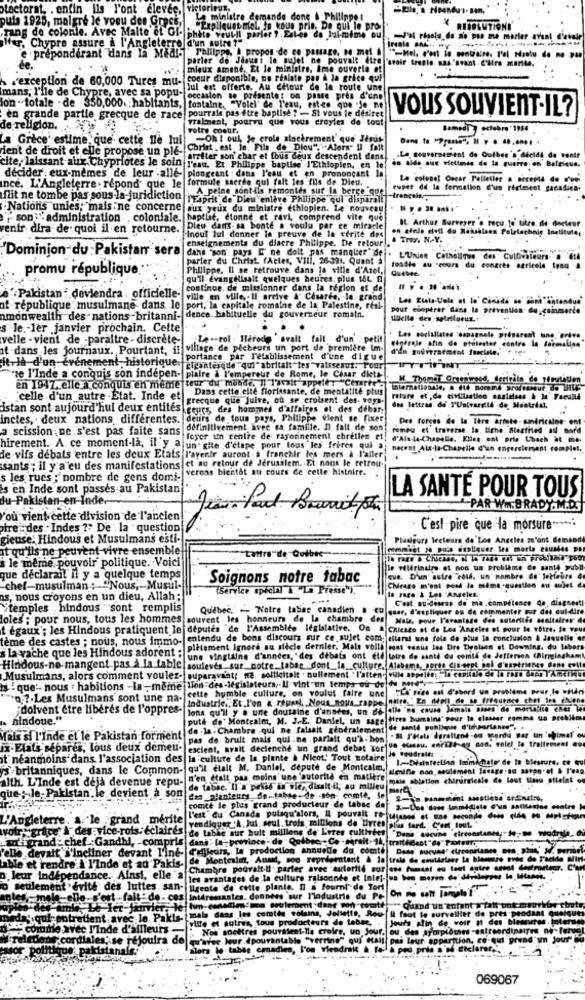
lectorat, . enfin ils l'ont élevée,
victori
puis 1925, malgré le voou des Grecs,
La ministre demande done & Philippe !
"Expliques miol. In vous prie. Da qui le pro-
Frang de colonie. Avec Malte et Gl- phate veutil parler ?. Estes de lui-même ou
-Jarigela de nie pas me marier avant d'avede
lfnr. Chypre assure a l'Angleterre d'un autre ?"
e prépondérant dans la Medl- Thillpps, À propos de ce passage, no met À
"-Mel. c'est le contraire, l'ol Haatu de no yan
de
parler de Jdauni le sujet ne pouvait etre "avoir trente sas.'svant C'lire marite.
mieux amené, Et le ministre, Ame ouverte of
exception de 60,000 Tures mu-
coeur disponible, no realate pas à la grice qui
mans, I'lle de Chypre, avec sa popu-
Jul est offerte. Au détour de la route une
occasion se présente: on passe pres d'unp
lon - totale . de 350,000 habitants, fontaine. "Volel" de l'eau, estee que -Je ne
VOUS SOUVIENT-IL?
en grande partie grecque de race pourrale pas être baptise ? - Si vous le désiret
vrakment, pourvu que vous ereyles de tout
de religion.
votre cootir.
Samedi octobre 1984
La Grèce' estime, que' cette fle lui
Oh I oul, Je crois alactrement que Jerut
den't de droit et elle propose un ple- Christ , est, le. Fils do Dlou","Alors" Il fait
[arrêter son' char et fous deux descendent dans
in Aide aux victimes do la guerre.en Befrique.
.La seuversement de Outbes'a décidé de venir
cite, laissant aux Chypriotes le soin l'eau. Et Philippe baptise I'Ethiopien, en le
plongeant . dans l'eau et en prononcant
ince. L'Angleterre . repond que le formule saerde qui fait les fils de Dieu.
décider eux-mêmes de leur :allé-
La colenet Oscar Pelletier . secesta de r'en'
A peine sont-ils remontes sur la berge que
ruper de la formation 'us régiment ganadiea-
flit ne tombe pas sous la juridiction
TE4prit de Dieu enlève Philippe qui disparali
Nations unies; mais ne concerne
aux yeux du ministre ethiopien. Le nouveau
son :"administration coloniale. baptise, etonne et ravi, comprend vite que
IL. Arthur Surveyer . recu to' titre, de docteur
ventr dira de quoi il en retourne.
Dlew dans sa bonte a voulu par ce miracle
Hinout lui donner la preuve de la vérité des
& Tror. N.Y.
Dominion du : Pakistan sera
enseignements du diacre Philippe. De retour .
dans "son pays I ne doit pas manquer" de . L'Union Catholique des Culfivaleurs .
parler du Christ. (Actes, VIII, 26-391. Quant S
promu république.
Philippe, Il se retrouve dans la ville d'Azol,
u congrès saricole tosa
qu'il Evang Hisait quelques heures. plus t&L
continue. de missionner dans la région et del
Pakistan: deviendra. officielle-
ville en ville ,. Il arrive &" Cesarde, le-grand
at république musulmane dans le port, la capitale romaine de la Palestine, real-
pour comptrer dans la prévention du coinmerce
amonwealth des nations-britanni- dence habituelle du gouverneur romain.
s Je .- 1er janvier prochain. Cette
velle - vient de -paraltre- discrète-
.Le -- rol . Herode 'a
ovalt fait d'un p
cigarale afin de protester contre la dermalien
Les coclallates "espagnole préparent un .. .....
at-dans les journaux. Pourtant, il village de pecheurs un port de première im-
itria d'un événement-historique, portance, par l'établissement d'une digue
Elconteidde qul"abritait"tes"vaissesut. Pour
"se l'Inde a conquis son indepen- plaire & l'empereur de Rome, le Cesar dieth
W. ThenET Greenweed, Centrale de 1frutatien
en 1947. elle a conquis en meme teur du monde, Il l'avait appeler "Cerartu's
Dans cette.elle florissante, de mentatite plus
celle d'un autre .Etat. Inde et
grecque que Juive, ou se croisent des- voya.
istan sont aujourd'hui deux entités ceurs, des hommes d'affaires et des debar;
des lettres de YUnivareld de Montrial,
inctes, deux nations differentes. deurs de tous pays, Philippe Vient se fixer
Des forces de la Ihre ariete -américaine- ent
a scission ne s'est pas faite sans
définitivement avec sa famille. Il fait de son
romeu et traverse la, ligne Stestited ad Bord
foyer un centre de rayonnement chretlen et
d'Als-la-Chapelle. Elles ont pris Ubach at mo-
hirement. A ce moment-la, il y a un' gite d'étape pour tous les frites qui a
neceat Ala-la-Chapelle d'un engersiement complet.
de vifs debats entre les deux Etats l'avenir auront a franchir les mers & l'aller
sants ; il y a eu des manifestations ct au retour de Jerusalem, Et nous le retrou
.verons bientot au cours de cette histoire.
s les rues ; nombre de gens domi-
is en Inde sont passés au Pakistan
du Pakistan en-Inder
LA SANTE POUR TOUS
PAR WI. BRADY.M.D.
'ou vient cette division de l'ancien
otre des . Indes ?? De . la " question
· C'est pire que la morsure ---;
gieuse: Hindous et Musulmans esti-
Plusieurs lecteurs de'Los Angeles m'ont demand
it qu'ils ne peuvent-vivre ensemble
commeet fe polo expliquer les marta esundes pa
s le même pouvoir politique. Voici
lo rage a Chicaso, si to zase cil En probstair you
vilerinairs et non un problème ce sante publl
que déclarait il y a quelque temps
Soignons notre tabac
que. D'un' autre "cous. un nombre de' letfeira C
chef-musulman : "Nous, - Musul-
(Service special À La Presse")."
Chease' m'ont pood la motme -question au mulet
as, nous croyons en un dieu, Allah :
--.
la rage & Les Angeles.
C'est au-dessus de ma.compétence de, diagnosti
"temples hindous "sont remplis
Québec. - Notre tabac canadien a cu quer, d'expliquer ou de commenter sur des cul-dire
loles; pour nous, tous les hommes souvent les honneurs de la chambre des
Male, pour l'avantsze des sutertido sanitaires de
t égaux'; les Hindous pratiquent le deputes "de l'Assemblee legislative, On A Chicago et de Los Angeles et pour le votre, io vou
tème des castes ; nous, nous immo-
entendu de bons discours sur ce sujet com; elleral une role de sous la conclusion & daquelle er
s la vache que les Hindous adorent - Pletement ignore au alecle dernier. Male volli
cost waaus las Dre Dyalsen of Downing, du labor
une vingtaine d'années, "des débats ont ete loire de santé du comte de Jefferson (Birmingham
Hindous-ne-mangent pas a la table souleves sur notre. labae dont la culture, Alabama, sorte dix-sept sol d'unetrience dont cell
Hindous-ne-mangent pas à la table!
Musulmans, alors comment voulez- superavaint; ne sollicitalt . nullement ' l'atten- ville appelée; - in coplinio de la race Gara IAmtrhu
ts ! que- nous : habitions -la -meme "on-des-legislateurs, Il"vint'un temps ou de du nord".
cette humble culture, on voulut faire une
Corine est d'abord un proble
"0 ;?. Les Musulmans sont une na-
Industrie ., Et l'on & reusel. Nous nous rappe offre."" En (Well de M_frfourme
doivent être liberes de l'oppres-
Jons qu'il y a une douzaine d'années, un de alle "ne cause Jamais Bases de mortalité cher
hindoue."
puth de' Montcalm, M. J.E. Daniel, un sage
ettres humains" pour to classer comme us problbe
de-la -Chambre .qui ne falsalt geotralement
de santé publique d'truparianes".
Mals si l'Inde et le Pakistan forment
pas de bruit mais qui ne parialt qu'a - bon
- PHtala Igrafieod os mordu Bar un '
ix-Elats separes, tous deux demeu-
escient, avait declenche un grand debat Tot
it néanmoins dans l'association des
la culture de la plante & NicoL' Tout notaire
1-Dlainfection Inimimate' de la
Besure
s britanniques, dans le Common-
qu'il était M. Daniel, depute de Montcalm,
denifie non seulement lavage .se a
pn·el & P'eag
alth. L'Inde est deja devenue repu-
n'en était pas moins une 'autorité en matière
mais ablation chirurgicale Ce lout tissu atteint
que; le- Pakistan, le devient a son
de tabac. Il a pekid in vie, disait-il, au milieu mer
den _alentours de -. tabse- de -son, comte, le
comte le plus grand producteur de tabse do a .- Des sans losmidiate Que
L'Angleterre: a. le . grand mérite
l'est' du Canada pulsqu'alors, Il pouvait To- utaned et une seconde done (le Hu Hnchen
wvotr grâce À des vice-rois éclairés
vendiquer 'A.Jul seul trois millions de Uvres sia tard. C'est tout.
de table sur bult millions de Leres cultivées "Dans aucune elrecostanes ;- de -no wodrila,Ch
at-grand chef :Gandhi, compris
dans. [e-province. de " Quibee, . Ce-parait. 16, mitfeest"er" Poirino
'elle devait s'incliner devant l'ine- d'afjieun, la production annuelle du comte Date aucune" elresortance min, shir' M' werbef
Inde'et ad Pakis- de Montealm, Aunit, soo reprdeentant & le trale de cautfriser la biereare ovie de P'selde Mirl
Chambre podvait-il parler avec "autorité eur one fumant ou tout autre aret doitmoetenr. C.
leur inde
insi, elle a
les avantages de la culture raisonnée et Intel- un bon meren do' direleper le Hlaani,
seulement"
luttes. san-
Ilgente de' cette plante. " a fourni"de Tort
Intéressantes. données sur Plodustrie du Pe On e salt (ab7."
t-de-ces
Jel him-canadiens non seulement ;dans pon tomte
- Quand 'un enfant x tatt tm
o Pakls-
mala dans les comida voisins, Joliette, Rou- Il faut le surveiller de pres PA
Toille et autres, tous producteurs de tabac,
Jours alin de voir at des ble
Tleur
Nos nocetres pouvaient-Ile croire. un Jour.
ou des symptômes -eatree
F con
ouira de
qu'avec leur (pourintable "verrine" qui était
leur apparition, co-
alors le tabag emnadien, l'on viendra
069067